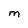
Character: M